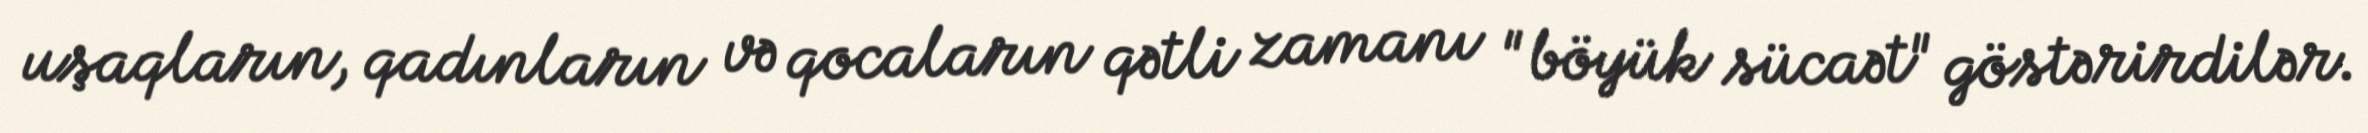
uşaqların, qadınların və qocaların qətli zamanı "böyük sücaət" göstərirdilər.